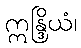
ဣန္ဒြိယံ၊